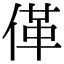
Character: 𱎼